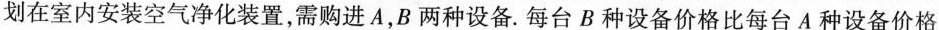
划在室内安装空气净化装置，需购进A，B两种设备。每台B种设备价格比每台A种设备价格